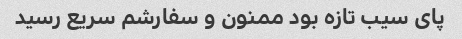
پای سیب تازه بود ممنون و سفارشم سریع رسید